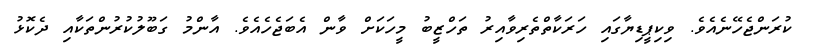
ކުރަންޖެހޭނެއެވެ. ވިކިޕީޑިޔާގައި ހަރަކާތްތެރިވާއިރު ތަހްޒީބު މީހަކަށް ވާން އެބަޖެހެއެވެ. އާންމު ގަބޫލުކުރުންތަކާއި ދެކޮޅު